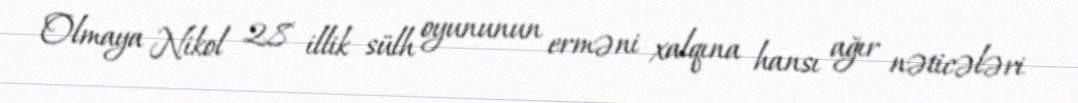
Olmaya Nikol 28 illik sülh oyununun erməni xalqına hansı ağır nəticələri